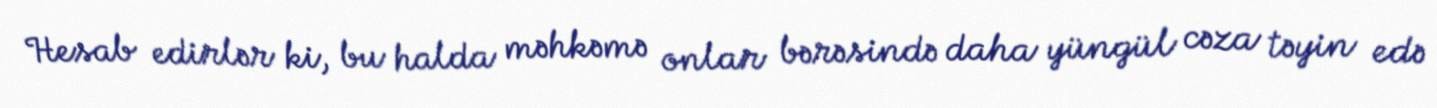
Hesab edirlər ki, bu halda məhkəmə onlar bərəsində daha yüngül cəza təyin edə